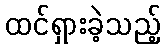
ထင်ရှားခဲ့သည့်